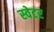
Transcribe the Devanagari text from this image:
स्‍वेटर